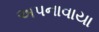
અપનાવાયા